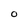
Character: O